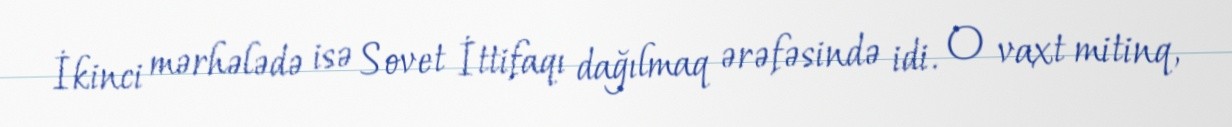
İkinci mərhələdə isə Sovet İttifaqı dağılmaq ərəfəsində idi. O vaxt mitinq,